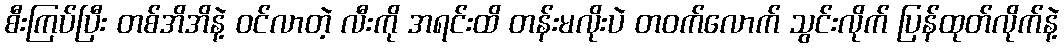
စီးကြပ်ပြီး တစ်အိအိနဲ့ ဝင်လာတဲ့ လီးကို အရင်းထိ တန်းမလိုးပဲ တဝက်လောက် သွင်းလိုက် ပြန်ထုတ်လိုက်နဲ့